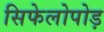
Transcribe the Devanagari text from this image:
सिफेलोपोड़